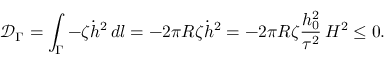
\mathcal { D } _ { \Gamma } = \int _ { \Gamma } - \zeta \dot { h } ^ { 2 } \, d l = - 2 \pi R \zeta \dot { h } ^ { 2 } = - 2 \pi R \zeta \frac { h _ { 0 } ^ { 2 } } { \tau ^ { 2 } } \, H ^ { 2 } \leq 0 .